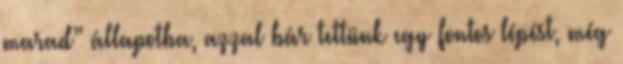
marad” állapotba, azzal bár tettünk egy fontos lépést, még